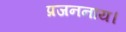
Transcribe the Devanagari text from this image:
प्रजननाय।